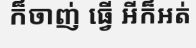
ក៏ចាញ់ ធ្វើ អីក៏អត់